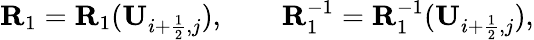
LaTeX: \mathbf{R}_{1}=\mathbf{R}_{1}(\mathbf{U}_{i+\frac{1}{2},j}),\qquad\mathbf{R}_{1}^{-1}=\mathbf{R}_{1}^{-1}(\mathbf{U}_{i+\frac{1}{2},j}),